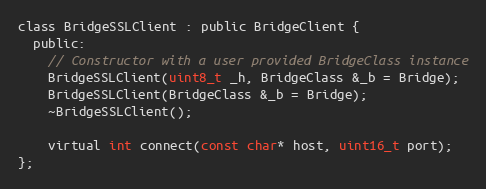
Language: C
class BridgeSSLClient : public BridgeClient {
  public:
    // Constructor with a user provided BridgeClass instance
    BridgeSSLClient(uint8_t _h, BridgeClass &_b = Bridge);
    BridgeSSLClient(BridgeClass &_b = Bridge);
    ~BridgeSSLClient();

    virtual int connect(const char* host, uint16_t port);
};